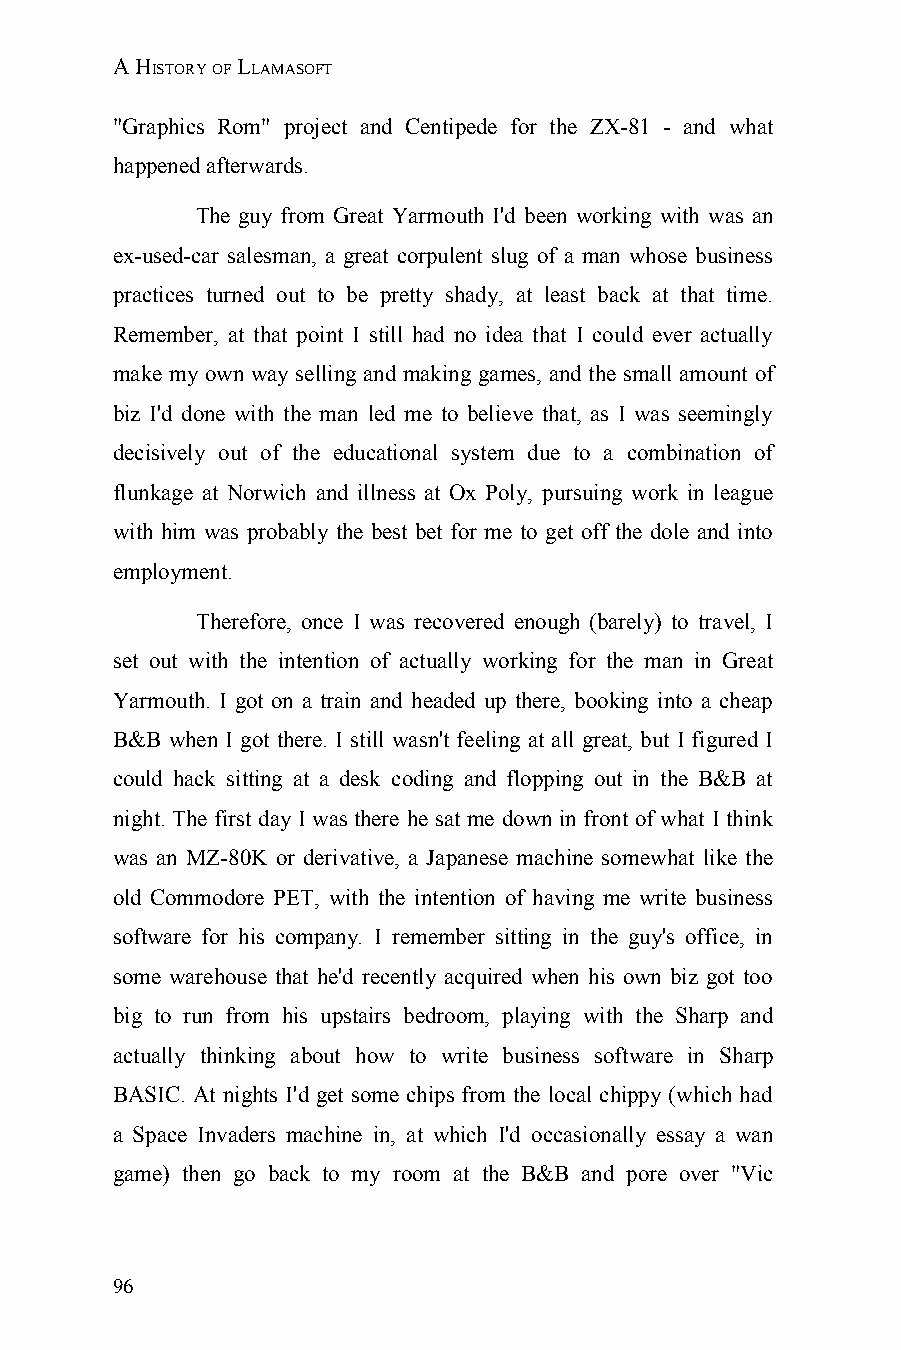
A HISTORY OF LLAMASOFT
 "Graphics Rom" project and Centipede for the ZX-81 - and what
 happened afterwards.
 The guy from Great Yarmouth I'd been working with was an
 ex-used-car salesman, a great corpulent slug of a man whose business
 practices turned out to be pretty shady, at least back at that time.
 Remember, at that point I still had no idea that I could ever actually
 make my own way selling and making games, and the small amount of
 biz I'd done with the man led me to believe that, as I was seemingly
 decisively out of the educational system due to a combination of
 flunkage at Norwich and illness at Ox Poly, pursuing work in league
 with him was probably the best bet for me to get off the dole and into
 employment.
 Therefore, once I was recovered enough (barely) to travel, I
 set out with the intention of actually working for the man in Great
 Yarmouth. I got on a train and headed up there, booking into a cheap
 B&B when I got there. I still wasn't feeling at all great, but I figured I
 could hack sitting at a desk coding and flopping out in the B&B at
 night. The first day I was there he sat me down in front of what I think
 was an MZ-80K or derivative, a Japanese machine somewhat like the
 old Commodore PET, with the intention of having me write business
 software for his company. I remember sitting in the guy's office, in
 some warehouse that he'd recently acquired when his own biz got too
 big to run from his upstairs bedroom, playing with the Sharp and
 actually thinking about how to write business software in Sharp
 BASIC. At nights I'd get some chips from the local chippy (which had
 a Space Invaders machine in, at which I'd occasionally essay a wan
 game) then go back to my room at the B&B and pore over "Vic
 96